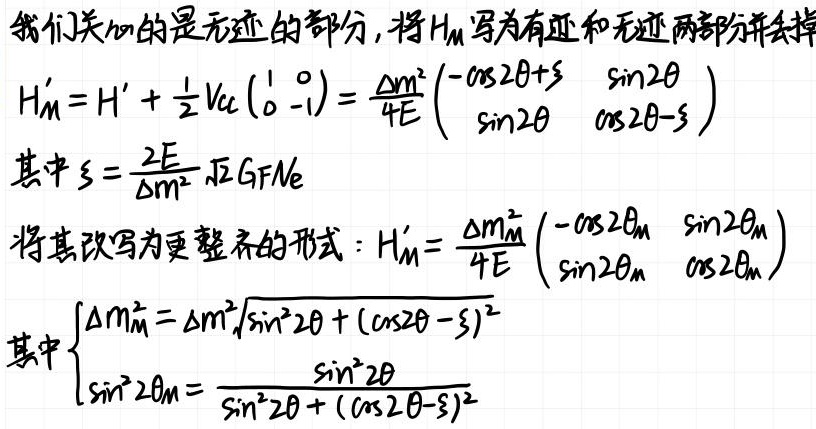
我们关心的是无迹的部分，将$H_M$写为有迹和无迹两部分并去掉
\[
H_M' = H' + \frac{1}{2} V_{cl} \begin{pmatrix}
1 & 0 \\
0 & -1
\end{pmatrix} = \frac{\Delta m^2}{4E} \begin{pmatrix}
-\cos 2\theta + \xi & \sin 2\theta \\
\sin 2\theta & \cos 2\theta - \xi
\end{pmatrix}
\]
其中$\xi = \frac{2E}{\Delta m^2} \sqrt{2} G_F N_e$

将其改写为更整齐的形式：$H_M' = \frac{\Delta m_M^2}{4E} \begin{pmatrix}
-\cos 2\theta_M & \sin 2\theta_M \\
\sin 2\theta_M & \cos 2\theta_M
\end{pmatrix}$

其中$\begin{cases}
\Delta m_M^2 = \Delta m^2 \sqrt{\sin^2 2\theta + (\cos 2\theta - \xi)^2} \\
\sin^2 2\theta_M = \frac{\sin^2 2\theta}{\sin^2 2\theta + (\cos 2\theta - \xi)^2}
\end{cases}$